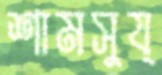
শামসুয্